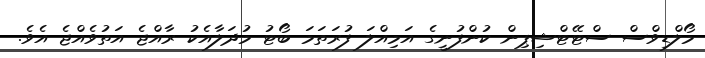
މޯލްޑިވްސް ސްޓޭޓްޝިޕިން ކުންފުނީގެ އަމިއްލަ ފުރަތަމަ ބޯޓު މުދަލާއެކު ރާއްޖެ އަތުވެއްޖެ އެވެ.